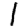
Digit: 1